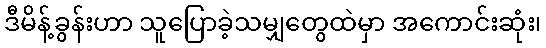
ဒီမိန့်ခွန်းဟာ သူပြောခဲ့သမျှတွေထဲမှာ အကောင်းဆုံး၊